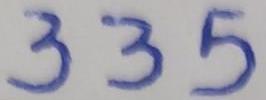
335